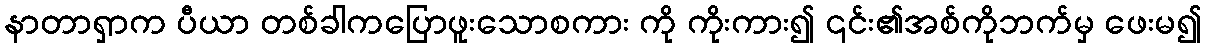
နာတာရှာက ပီယာ တစ်ခါကပြောဖူးသောစကား ကို ကိုးကား၍ ၎င်း၏အစ်ကိုဘက်မှ ဖေးမ၍